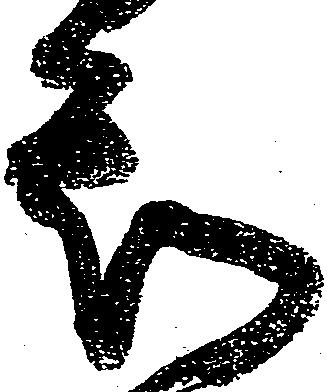
知